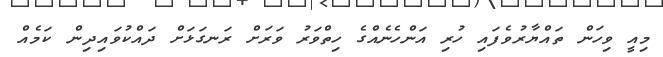
މިއީ ވިހަން ތައްޔާރުވެފައި ހުރި އަންހެނެއްގެ ހިތްވަރު ވަރަށް ރަނގަޅަށް ދައްކުވައިދިން ކަމެއް